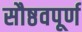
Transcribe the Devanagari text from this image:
सौष्ठवपूर्ण